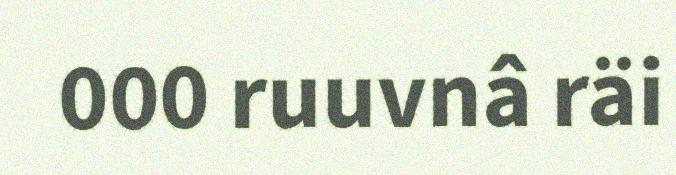
000 ruuvnâ räi